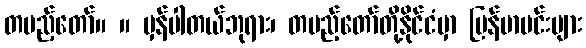
တပည့်တော်။ ။ မှန်ပါတယ်ဘုရား၊ တပည့်တော်တို့နိုင်ငံမှာ မြန်မာမင်းများ